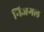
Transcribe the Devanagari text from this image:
निजगल